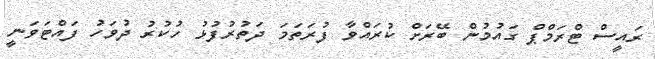
ރައީސް ޓްރަމްޕް ގައުމުން ބޭރަށް ކުރައްވާ ފުރަތަމަ ދަތުރުފުޅު ހުކުރު ދުވަހު ފައްޓަވަނީ